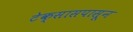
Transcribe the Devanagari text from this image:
टेक्सासपासून